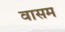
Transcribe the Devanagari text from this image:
वासम